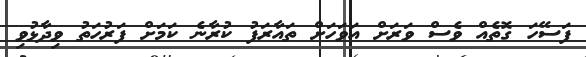
ފަސޭހަ ގޮތެއް ވެސް ވަރަށް އަވަހަށް ތައާރަފު ކުރާނެ ކަމަށް ފަރުހަތު ވިދާޅުވި